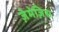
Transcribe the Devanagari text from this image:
ज़ेमेज़िस